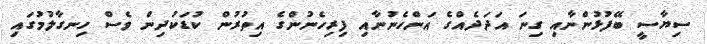
ސިޔާސީ ބޭފުޅުންނާއި ގިނަ އަދަދެއްގެ އަންހެނުނާއި ފިރިހެނުންގެ އިތުރުން ކުޑަކުދިން ވެސް ހިނގާލުމުގައި